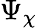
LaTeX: \Psi_{\chi}